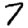
Digit: 7